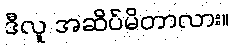
ဒီလူ အဆိပ်မိတာလား။